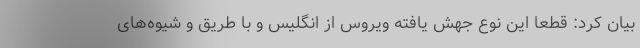
بیان کرد: قطعا این نوع جهش یافته ویروس از انگلیس و با طریق و شیوه‌های